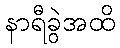
နာရီခွဲအထိ